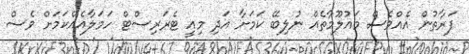
ފަރާތުން އެއްވެސް މައުލޫމާތެއް ނުލިބޭ ކަމަށާ އަދި މިއީ ޓެރަރިސްޓް ހަމަލާއެއްކަމަށް ވެސް